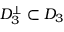
D _ { 3 } ^ { \bot } \subset D _ { 3 }